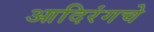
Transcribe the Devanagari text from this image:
आदिरंगचे